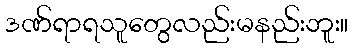
ဒဏ်ရာရသူတွေလည်းမနည်းဘူး။